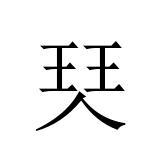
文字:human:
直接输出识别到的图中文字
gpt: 珡